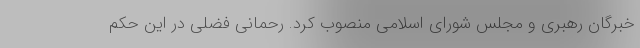
خبرگان رهبری و مجلس شورای اسلامی منصوب کرد. رحمانی فضلی در این حکم